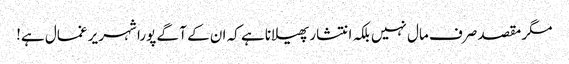
مگر مقصد صرف مال نہیں بلکہ انتشار پھیلانا ہے کہ ان کے آ گے پورا شہر یر غمال ہے!